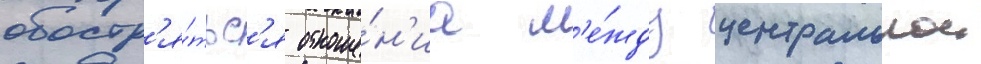
обостр'я́тьс'я отноше́н'иа м'е́жду центральнои